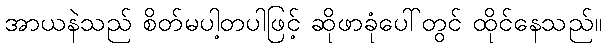
အာယနဲသည် စိတ်မပါ့တပါဖြင့် ဆိုဖာခုံပေါ်တွင် ထိုင်နေသည်။